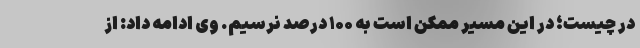
در چیست؛ در این مسیر ممکن است به ۱۰۰ درصد نرسیم. وی ادامه داد: از